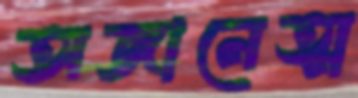
অজানেত্ম